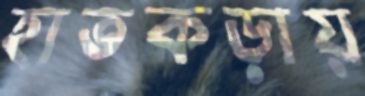
হাতকড়ায়